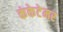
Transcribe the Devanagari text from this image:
कंकेटेमर